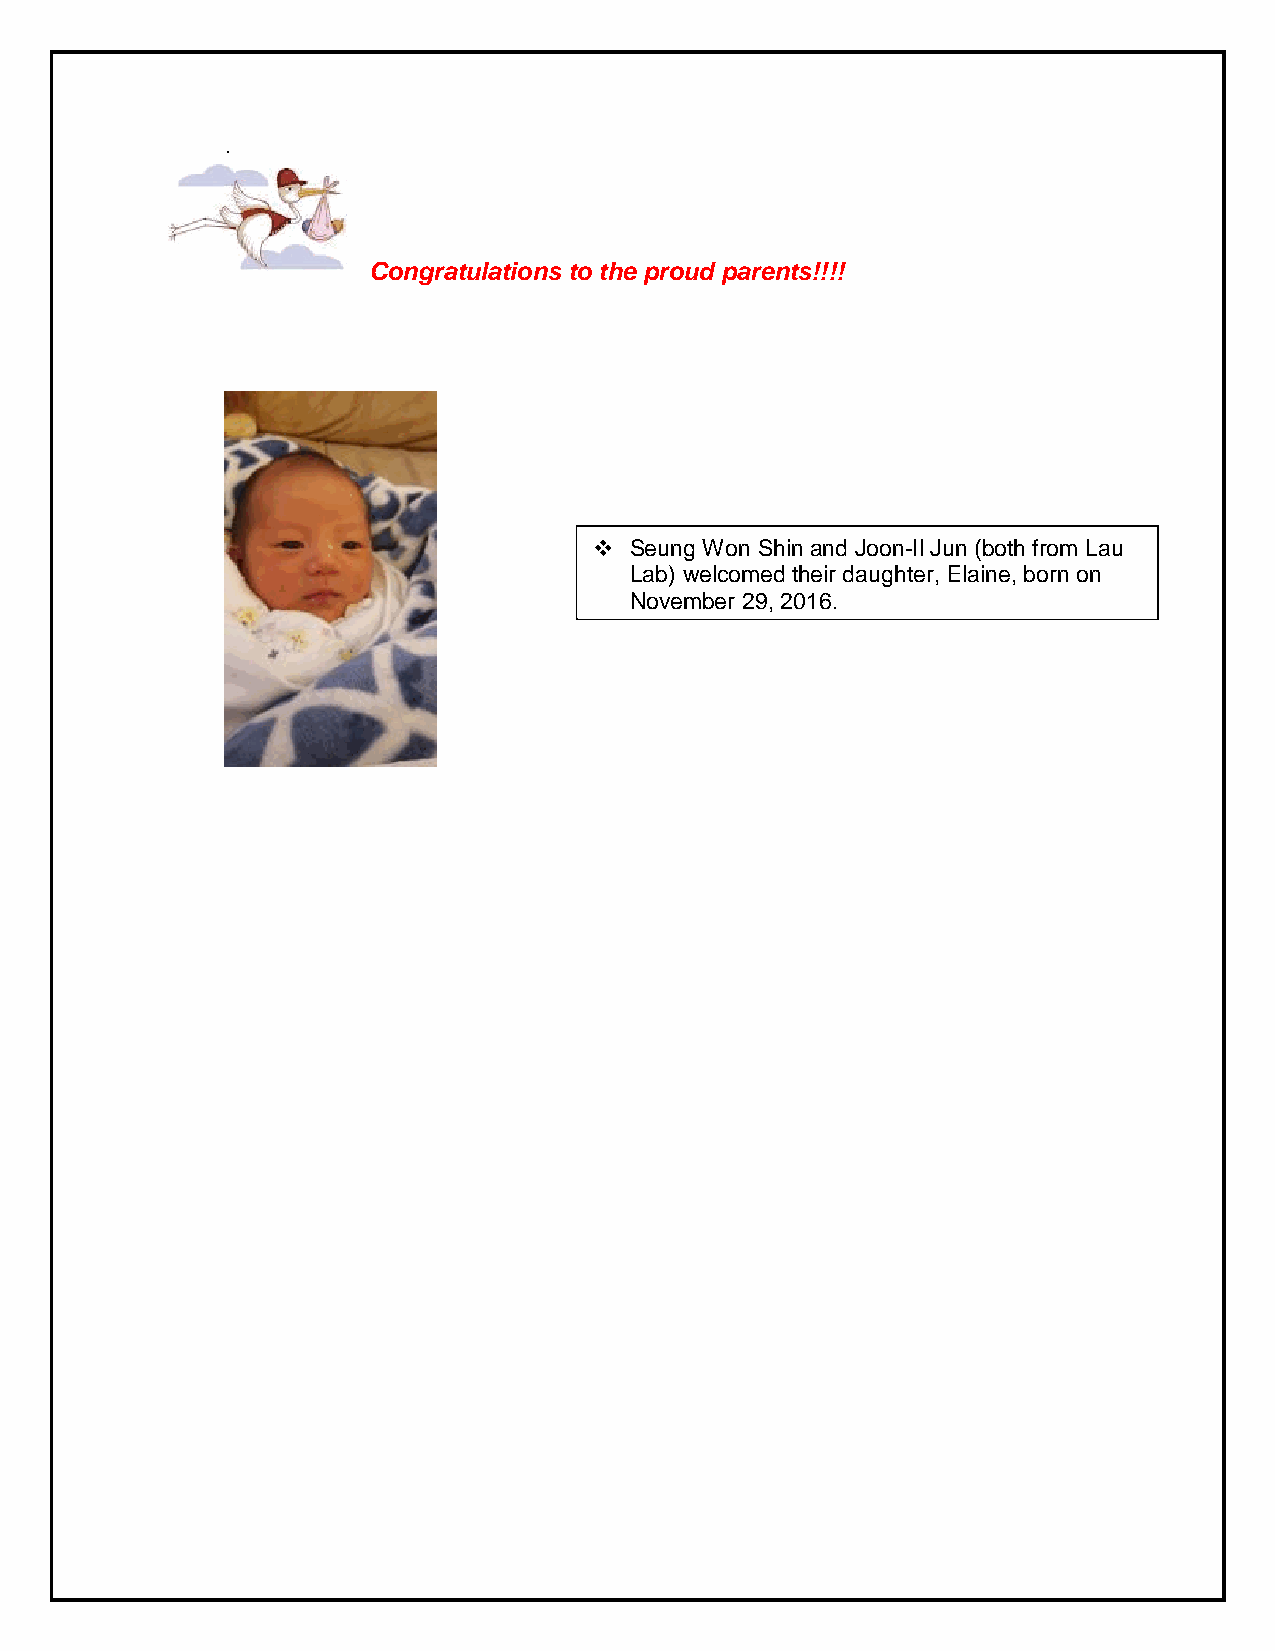
.
 Congratulations to the proud parents!!!!
   Seung Won Shin and Joon-Il Jun (both from Lau
 Lab) welcomed their daughter, Elaine, born on
 November 29, 2016.